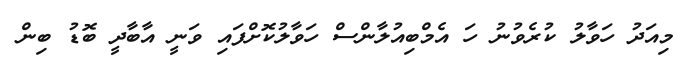
މިއަދު ހަވާލު ކުރެވުނު ހަ އެމްބިއުލާންސް ހަވާލުކޮށްފައި ވަނީ އާބާދީ ބޮޑު ބިން